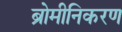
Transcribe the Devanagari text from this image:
ब्रोमीनिकरण